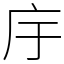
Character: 㡰